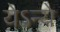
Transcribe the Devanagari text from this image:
येऽन्ये